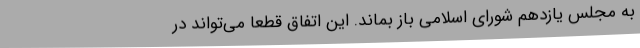
به مجلس یازدهم شورای اسلامی باز بماند. این اتفاق قطعا می‌تواند در